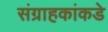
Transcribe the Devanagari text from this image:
संग्राहकांकडे